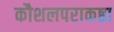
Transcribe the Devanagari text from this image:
कौशलपराकष्ठा